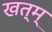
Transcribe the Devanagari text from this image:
खत्म्